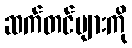
ဆက်တင်များကို